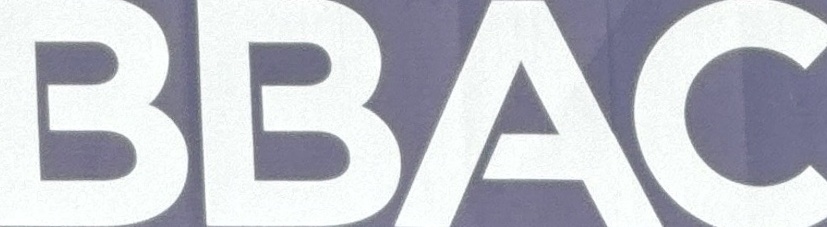
BBAC